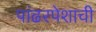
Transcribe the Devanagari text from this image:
पांढरपेशाची